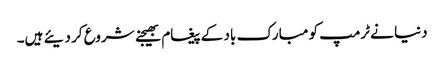
دنیا نے ٹرمپ کو مبارک باد کے پیغام بھیجنے شروع کر دیئے ہیں۔